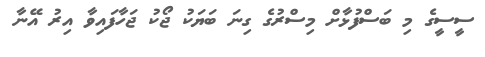
ސީސީގެ މި ބަސްފުޅާށް މިސްރުގެ ގިނަ ބަޔަކު ޖޯކު ޖަހާފައިވާ އިރު އޭނާ